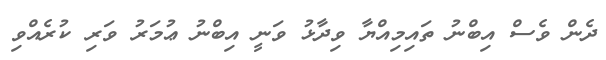
ދެން ވެސް އިބްނު ތައިމިއްޔާ ވިދާޅު ވަނީ އިބްނު ޢުމަރު ވަރި ކުރެއްވި